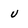
Character: U